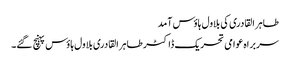
طاہر القادری کی بلاول ہاؤس آمد
سربراہ عوامی تحریک ڈاکٹر طاہر القادری بلاول ہاؤس پہنچ گئے۔